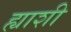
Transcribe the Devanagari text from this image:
ह्याशी